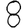
Digit: 8